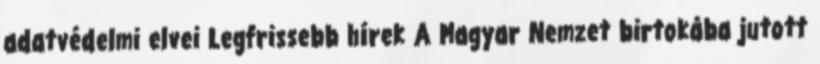
adatvédelmi elvei Legfrissebb hírek A Magyar Nemzet birtokába jutott